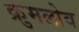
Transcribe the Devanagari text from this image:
क्रुमलोव